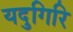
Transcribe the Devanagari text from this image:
यदुगिरि